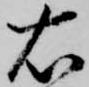
右